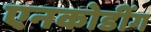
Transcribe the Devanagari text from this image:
एनकोडींग